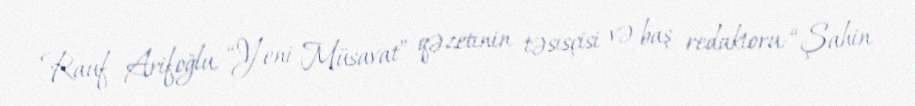
Rauf Arifoğlu, “Yeni Müsavat” qəzetinin təsisçisi və baş redaktoru: “Şahin